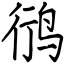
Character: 鸻